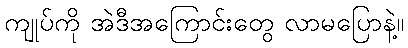
ကျုပ်ကို အဲဒီအကြောင်းတွေ လာမပြောနဲ့။